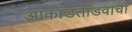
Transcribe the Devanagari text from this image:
आकांडतांडवाची